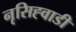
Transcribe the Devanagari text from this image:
नृसिह्वाडी